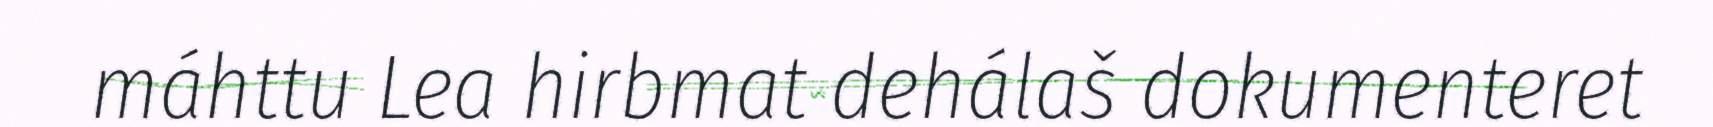
máhttu Lea hirbmat dehálaš dokumenteret